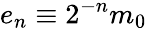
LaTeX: e_{n}\equiv 2^{-n}m_{0}